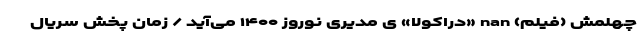
چهلمش (فیلم) nan «دراکولا» ی مدیری نوروز ۱۴۰۰ می‌آید / زمان پخش سریال